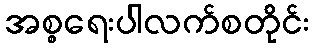
အစ္စရေးပါလက်စတိုင်း